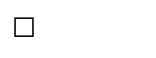
٧